Indian journal of veterinary science and animal husbandry - Volume 8,
Year: 1938
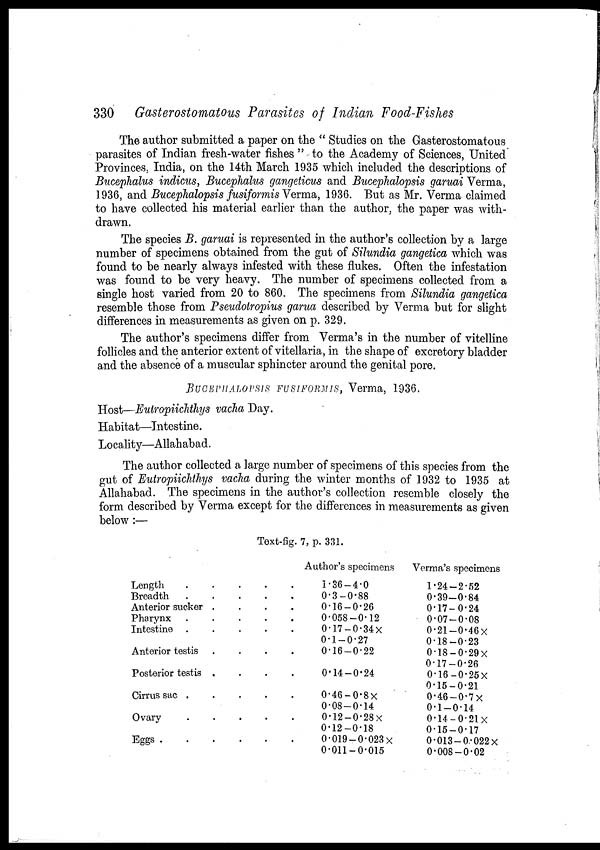
330 Gasterostomatous Parasites of Indian Food-Fishes
The author submitted a paper on the " Studies on the Gasterostomatous
parasites of Indian fresh-water fishes " to the Academy of Sciences, United
Provinces; India, on the 14th March 1935 which included the descriptions of
Bucephalus indicus, Bucephalus gangeticus and Bucephalopsis garuai Verma,
1936, and Bucephalopsis fusiformis Verma, 1936. But as Mr. Verma claimed
to have collected his material earlier than the author, the paper was with-
drawn.
The species B. garuai is represented in the author's collection by a large
number of specimens obtained from the gut of Silundia gangetica which was
found to be nearly always infested with these flukes. Often the infestation
was found to be very heavy. The number of specimens collected from a
single host varied from 20 to 860. The specimens from Silundia gangetica
resemble those from Pseudotropius garua described by Verma but for slight
differences in measurements as given on p. 329.
The author's specimens differ from Verma's in the number of vitelline
follicles and the anterior extent of vitellaria, in the shape of excretory bladder
and the absence of a muscular sphincter around the genital pore.
BUCEPHALOPSIS FUSIFORMIS, Verma, 1936.
Host—Eutropiichthys vacha Day.
Habitat—Intestine.
Locality—Allahabad.
The author collected a large number of specimens of this species from the
gut of Eutropiichthys vacha during the winter months of 1932 to 1935 at
Allahabad. The specimens in the author's collection resemble closely the
form described by Verma except for the differences in measurements as given
below:—
Text-fig. 7, p. 331.
Length . . . . .
Breadth . . . . .
Anterior sucker . . . .
Pharynx . . . . .
Intestine . . . . .
Anterior testis . . . . .
Posterior testis . . . .
Cirrus sac . . . . .
Ovary . . . . .
Eggs . . . . .
Author's specimens
1.36—4.0
0.3—0.88
0.16—0.26
0.058—0.12
0.17—0.34×
0.1—0.27
0.16—0.22
0.14—0.24
0.46—0.8×
0.08—0.14
0.12—0.28×
0.12—0.18
0.019—0.023×
0.011—0.015
Verma's specimens
1.24—2.52
0.39—0.84
0.17—0.24
0.07—0.08
0.21—0.46×
0.18—0.23
0.18—0.29×
0.17—0.26
0.16—0.25×
0.15—0.21
0.46—0.7×
0.1—0.14
0.14—0.21×
0.15—0.17
0.013—0.022 ×
0.008—0.02